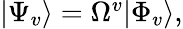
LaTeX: \begin{array}{r}{|\Psi_{v}\rangle=\Omega^{v}|\Phi_{v}\rangle,}\end{array}